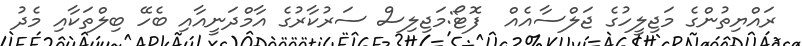
ރައްޔިތުންގެ މަޖިލީހުގެ ޖަލްސާއެއް  ފޮޓޯ:މަޖިލިސް ސަރުކާރުގެ އާމްދަނީއާއި ބެހޭ ބިލްތަކާއި މެދު